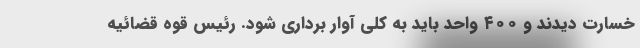
خسارت دیدند و ۴۰۰ واحد باید به کلی آوار برداری شود. رئیس قوه قضائیه